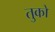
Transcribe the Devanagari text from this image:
तुको